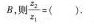
B，则 \frac{z_{2}}{z_{1}}=( )。